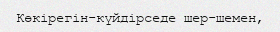
Көкірегін-күйдірседе шер-шемен,